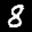
Label: 8